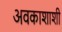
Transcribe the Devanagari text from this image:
अवकाशाशी